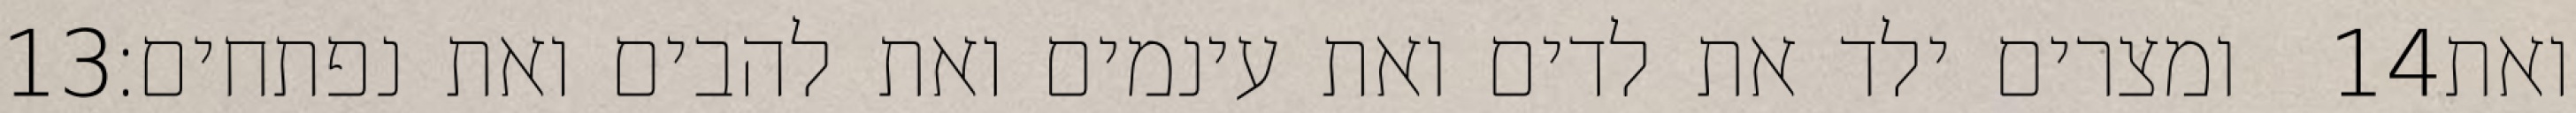
‎13‏ ומצרים ילד את לדים ואת עינמים ואת להבים ואת נפתחים׃ ‎14‏ ואת